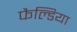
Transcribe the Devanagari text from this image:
फैल्डिया